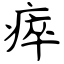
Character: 瘁